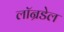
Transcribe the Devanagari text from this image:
लॉन्रडेल